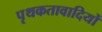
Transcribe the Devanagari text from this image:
पृथकतावादियों